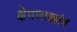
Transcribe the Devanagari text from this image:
क्षेपणास्त्रांत